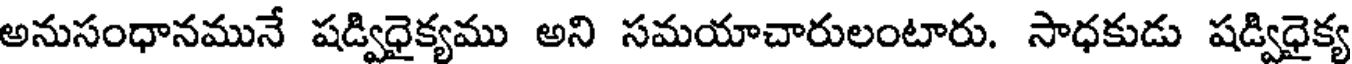
అనుసంధానమునే షడ్విధైక్యము అని సమయాచారులంటారు. సాధకుడు షడ్విధైక్య